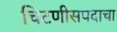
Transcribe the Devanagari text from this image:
चिटणीसपदाचा